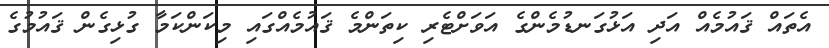
އެތައް ޤައުމެއް އަދި އަޅުގަނޑުމެންގެ އަވަށްޓެރި ކިތަންމެ ޤައުމެއްގައި މިކަންކަމާ ގުޅިގެން ޤައުމުގެ